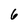
Character: 6